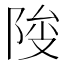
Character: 𱀕